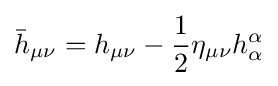
{\bar {h}}_{\mu \nu }=h_{\mu \nu }-{1 \over 2}\eta _{\mu \nu }h_{\alpha }^{\alpha }